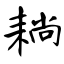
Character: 耥